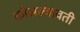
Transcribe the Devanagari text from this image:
कौसल्यावती